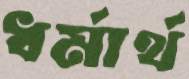
ধর্মার্থ